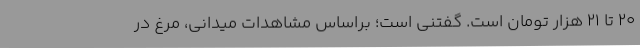
20 تا 21 هزار تومان است. گفتنی است؛ براساس مشاهدات میدانی، مرغ در